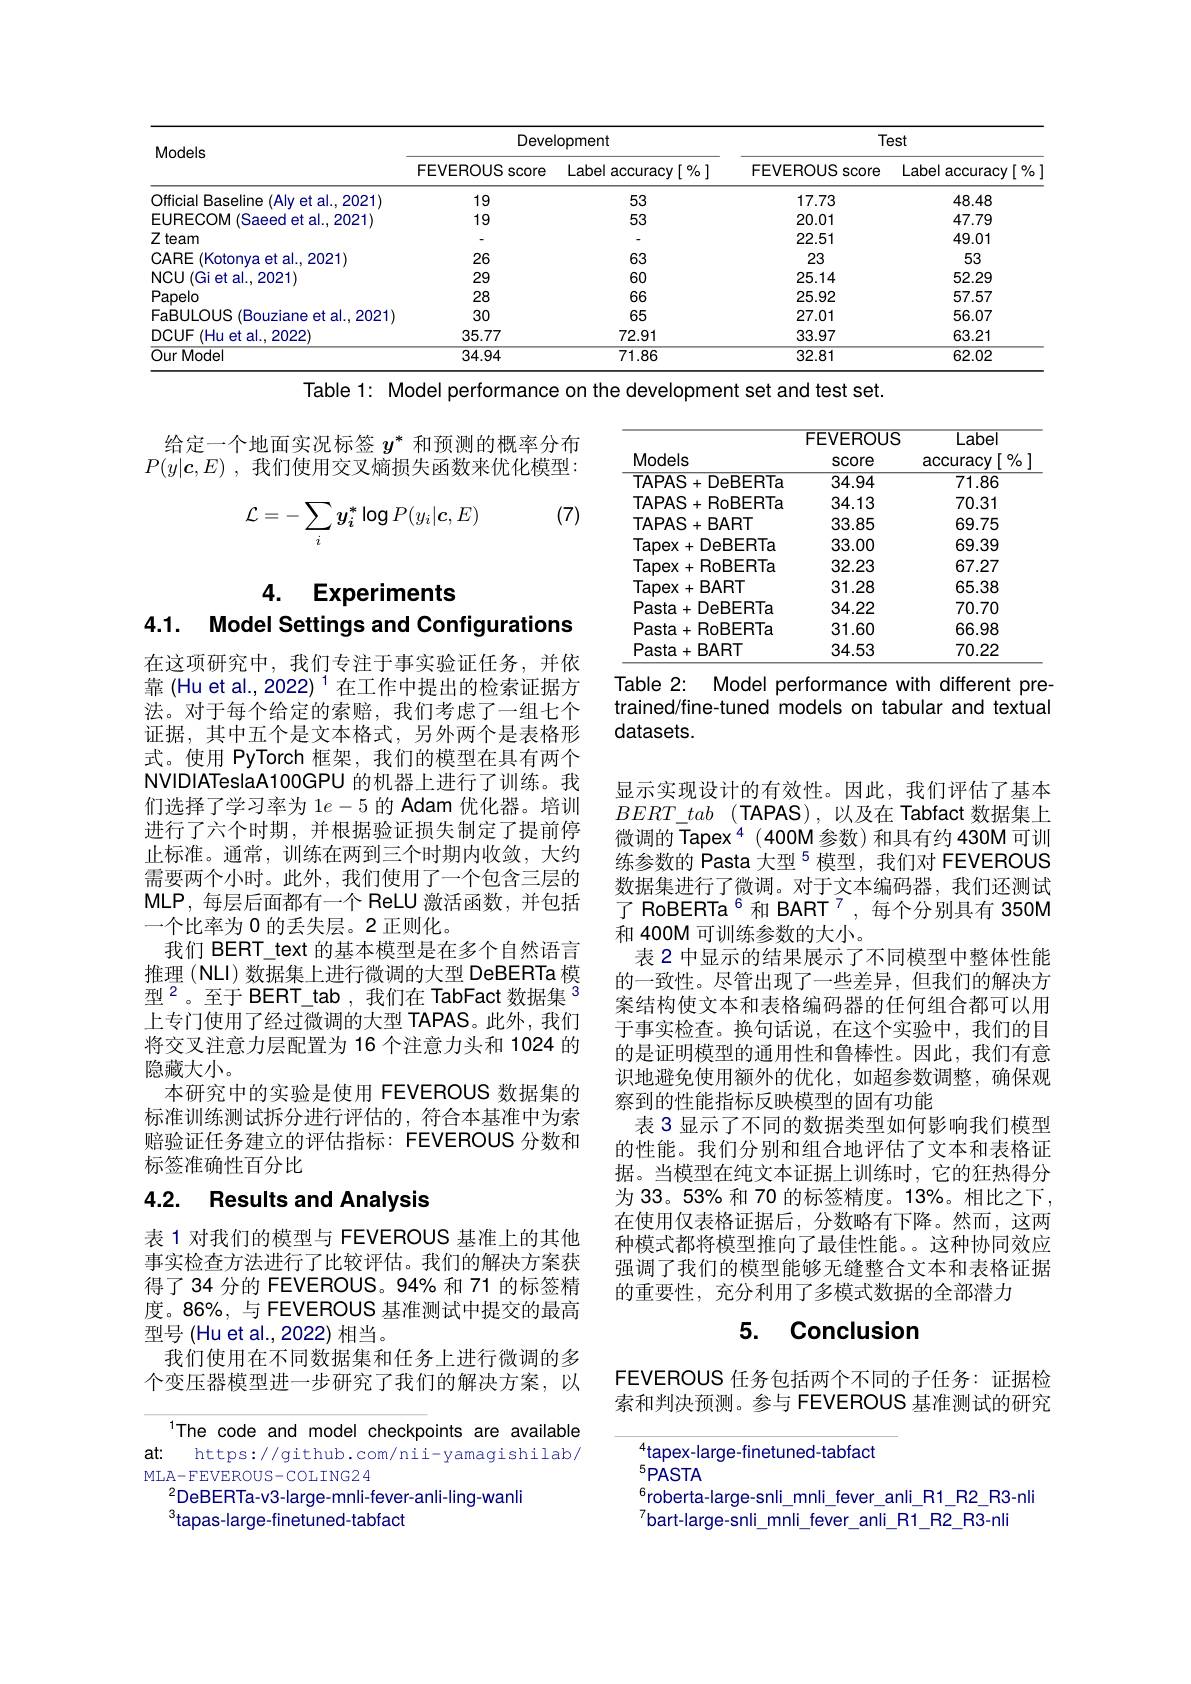
<table>
	<tbody>
		<tr>
			<th rowspan="2">Models</th>
			<th colspan="2">Development</th>
			<th colspan="2">Test</th>
		</tr>
		<tr>
			<th>FEVEROUS score</th>
			<th>Label accuracy[ % ]</th>
			<th>FEVEROUS score</th>
			<th>Label accuracy[%]</th>
		</tr>
		<tr>
			<td>Official Baseline $(A|vetal...2021)$</td>
			<td>19</td>
			<td>53</td>
			<td>17.73</td>
			<td>48.48</td>
		</tr>
		<tr>
			<td>EURECOM (Saeed et al.,2021)</td>
			<td>19</td>
			<td>53</td>
			<td>20.01</td>
			<td>47.79</td>
		</tr>
		<tr>
			<td>$Z$ team</td>
			<td> </td>
			<td> </td>
			<td>22.51</td>
			<td>49.01</td>
		</tr>
		<tr>
			<td>CARE (Kotonya et al., 2021)</td>
			<td>26</td>
			<td>63</td>
			<td>23</td>
			<td>53</td>
		</tr>
		<tr>
			<td>NCU(Gi et al.,2021)</td>
			<td>29</td>
			<td>60</td>
			<td>25.14</td>
			<td>52.29</td>
		</tr>
		<tr>
			<td>Papelo</td>
			<td>28</td>
			<td>66</td>
			<td>25.92</td>
			<td>57.57</td>
		</tr>
		<tr>
			<td>FaBULOUS S (Bouziane et al., 2021)</td>
			<td>30</td>
			<td>65</td>
			<td>27.01</td>
			<td>56.07</td>
		</tr>
		<tr>
			<td>DCUF $(Huetal.,2022$ $f$</td>
			<td>35.77</td>
			<td>72.91</td>
			<td>33.97</td>
			<td>63.21</td>
		</tr>
		<tr>
			<td>$\overline{OurModel}$</td>
			<td>34.94</td>
			<td>71.86</td>
			<td>32.81</td>
			<td>62.02</td>
		</tr>
	</tbody>
</table>

Table 1: Model performance on the development set and test set.

给定一个地面实况标签$y^*$和预测的概率分布$P( y| \boldsymbol{c}, E)$ , 我们使用交叉熵损失函数来优化模型：

(7)
$$\mathcal{L}=-\sum_i\boldsymbol{y}_i^*\log P(y_i|\boldsymbol{c},E)$$
<table>
	<tbody>
		<tr>
			<th> </th>
			<th>FEVEROUS</th>
			<th>Label</th>
		</tr>
		<tr>
			<th>Models</th>
			<th>SCOre</th>
			<th>$[\begin{smallmatrix}0/0\\0\end{smallmatrix}]$ accuracy</th>
		</tr>
		<tr>
			<td>TAPAS+DeBERTa</td>
			<td>34.94</td>
			<td>71.86</td>
		</tr>
		<tr>
			<td>TAPAS+RoBERTa</td>
			<td>34.13</td>
			<td>70.31</td>
		</tr>
		<tr>
			<td>TAPAS+BART</td>
			<td>33.85</td>
			<td>69.75</td>
		</tr>
		<tr>
			<td>Tapex+DeBERTa</td>
			<td>33.00</td>
			<td>69.39</td>
		</tr>
		<tr>
			<td>Tapex+RoBERTa</td>
			<td>32.23</td>
			<td>67.27</td>
		</tr>
		<tr>
			<td>Tapex+BART</td>
			<td>31.28</td>
			<td>65.38</td>
		</tr>
		<tr>
			<td>$Pasta+DeBERTa$</td>
			<td>34.22</td>
			<td>70.70</td>
		</tr>
		<tr>
			<td>$Pasta+RoBERTa$</td>
			<td>31.60</td>
			<td>66.98</td>
		</tr>
		<tr>
			<td>$Pasta+BART$</td>
			<td>34.53</td>
			<td>70.22</td>
		</tr>
	</tbody>
</table>
Table 2: Model performance with different pre

4. Experiments
4.1. Model Settings and Configurations

trained/fine-tuned models on tabular and textual
datasets.

在这项研究中，我们专注于事实验证任务，并依靠 (Hu et al., 2022) $^{1}$在工作中提出的检索证据方法。对于每个给定的索赔，我们考虑了一组七个证据，其中五个是文本格式，另外两个是表格形式。使用 PyTorch 框架，我们的模型在具有两个NVIDIATeslaA100GPU 的机器上进行了训练。我们选择了学习率为$1e-5$的 Adam 优化器。培训进行了六个时期，并根据验证损失制定了提前停止标准。通常，训练在两到三个时期内收敛，大约需要两个小时。此外，我们使用了一个包含三层的MLP,每层后面都有一个 ReLU 激活函数，并包括一个比率为 0 的丢失层。2 正则化。
我们 BERT\_text 的基本模型是在多个自然语言推理 (NLI) 数据集上进行微调的大型 DeBERTa 模型$^{2}$。至于 BERT\_tab,我们在 TabFact 数据集$^{3}$ 上专门使用了经过微调的大型 TAPAS。此外，我们将交叉注意力层配置为 16 个注意力头和 1024 的隐藏大小。
本研究中的实验是使用 FEVEROUS 数据集的标准训练测试拆分进行评估的，符合本基准中为索赔验证任务建立的评估指标：FEVEROUS 分数和标签准确性百分比

显示实现设计的有效性。因此，我们评估了基本$BERT\_ tab$ $( \mathsf{TAPAS})$ , 以及在 $\mathsf{Tabfact}$数据集上微调的 Tapex$^{4}(400M$参数)和具有约 430M 可训练参数的 Pasta 大型$^{5}$模型，我们对 FEVEROUS 数据集进行了微调。对于文本编码器，我们还测试了 RoBERTa$^{6}$和 BART$^{7}$,每个分别具有 350M 和 400M 可训练参数的大小。
表 2 中显示的结果展示了不同模型中整体性能的一致性。尽管出现了一些差异，但我们的解决方案结构使文本和表格编码器的任何组合都可以用于事实检查。换句话说，在这个实验中，我们的目的是证明模型的通用性和鲁棒性。因此，我们有意识地避免使用额外的优化，如超参数调整，确保观察到的性能指标反映模型的固有功能
表 3 显示了不同的数据类型如何影响我们模型的性能。我们分别和组合地评估了文本和表格证据。当模型在纯文本证据上训练时，它的狂热得分为 33。53% 和 70 的标签精度。13%。相比之下， 在使用仅表格证据后，分数略有下降。然而，这两种模式都将模型推向了最佳性能。。这种协同效应强调了我们的模型能够无缝整合文本和表格证据的重要性，充分利用了多模式数据的全部潜力

## 4.2. Results and Analysis

表 1 对我们的模型与 FEVEROUS 基准上的其他事实检查方法进行了比较评估。我们的解决方案获得了34 分的 FEVEROUS。94% 和 71 的标签精度。86%, 与 FEVEROUS 基准测试中提交的最高型号 (Hu et al., 2022) 相当。
我们使用在不同数据集和任务上进行微调的多个变压器模型进一步研究了我们的解决方案，以

## 5. Conclusion

FEVEROUS 任务包括两个不同的子任务：证据检索和判决预测。参与 FEVEROUS 基准测试的研究

The code and model checkpoints are available at: https://github.com/nii-yamagishilab/ MLA- FEVEROUS- COLING2 4
$^{2}$DeBERTa-v3-large-mnli-fever-anli-ling-wanli
$^{3}$tapas-large-finetuned-tabfact

tapex-large-finetuned-tabfact
$^{5}PASTA$
$^{6}$roberta-large-snli\_mnli\_fever\_anli\_R1\_R2\_R3-nli
bart-large-snli\_mnli\_fever\_anli\_R1\_R2\_R3-nli